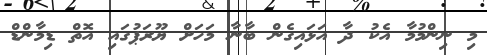
މި ނިންމުމާ އެކު ދާ އަޅައިގެން ބާނާ މަހަށް ޔޫރަޕުގައި އޮތް ޑިމާންޑް